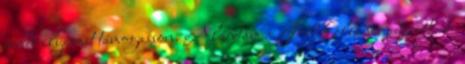
ember ilyesmit támogasson. Aláírtam a Jobbik ellenes petíciót, de